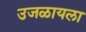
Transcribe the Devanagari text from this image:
उजळायला